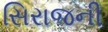
સિરાજની